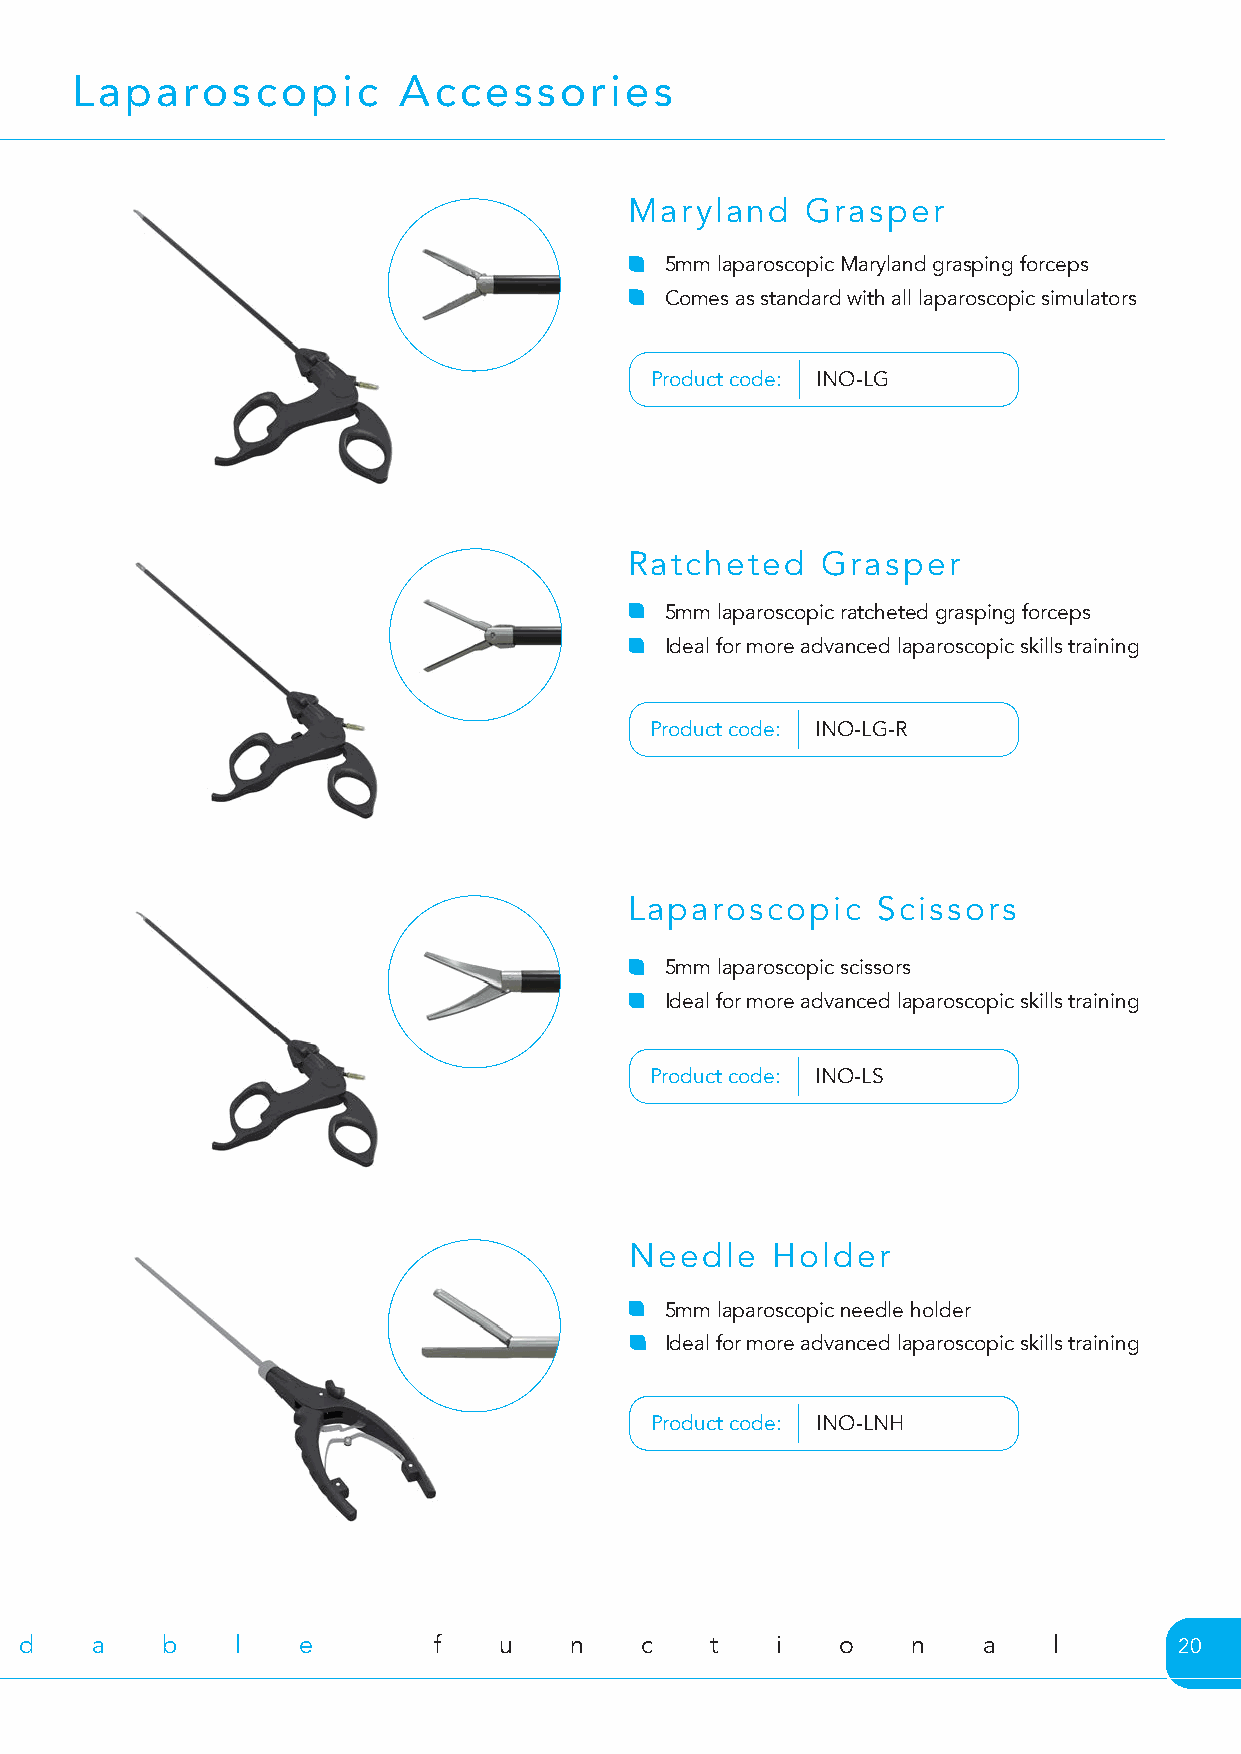
Laparoscopic         Accessories
 Maryland   Grasper
 5mm laparoscopic Maryland grasping forceps
 Comes as standard with all laparoscopic simulators
 Product code: INO-LG
 Ratcheted   Grasper
 5mm laparoscopic ratcheted grasping forceps
 Ideal for more advanced laparoscopic skills training
 Product code: INO-LG-R
 Laparoscopic    Scissors
 5mm laparoscopic scissors
 Ideal for more advanced laparoscopic skills training
 Product code: INO-LS
 Needle   Holder
 5mm laparoscopic needle holder
 Ideal for more advanced laparoscopic skills training
 Product code: INO-LNH
 a c c e s s i b l e a f f o r d a b l e f u n c t  i    o   n    a    l       20